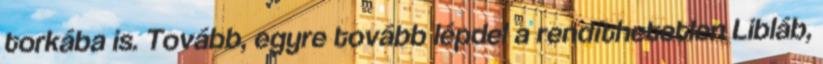
torkába is. Tovább, egyre tovább lépdel a rendíthetetlen Libláb,